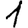
Digit: 1